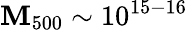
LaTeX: \mathbf{M}_{500}\sim10^{15-16}